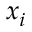
x _ { i }